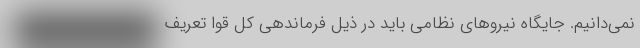
نمی‌دانیم. جایگاه نیروهای نظامی باید در ذیل فرماندهی کل قوا تعریف